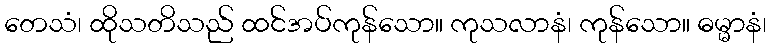
တေသံ၊ ထိုသတိသည် ထင်အပ်ကုန်သော။ ကုသလာနံ၊ ကုန်သော။ ဓမ္မာနံ၊